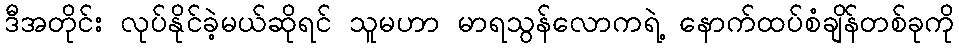
ဒီအတိုင်း လုပ်နိုင်ခဲ့မယ်ဆိုရင် သူမဟာ မာရသွန်လောကရဲ့ နောက်ထပ်စံချိန်တစ်ခုကို